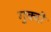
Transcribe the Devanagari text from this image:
गुक्दों